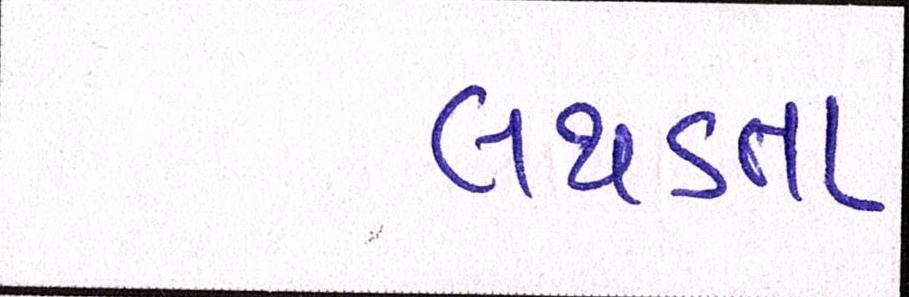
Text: લથડતા